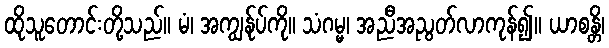
ထိုသူတောင်းတို့သည်။ မံ၊ အကျွန်ုပ်ကို။ သံဂမ္မ၊ အညီအညွတ်လာကုန်၍။ ယာစန္တိ၊